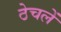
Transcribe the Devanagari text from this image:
ठेचलें